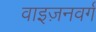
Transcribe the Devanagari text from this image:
वाइज़नवर्ग